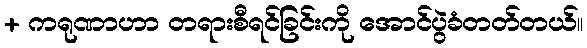
+ ကရုဏာဟာ တရားစီရင်ခြင်းကို အောင်ပွဲခံတတ်တယ်။